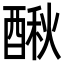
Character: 𨡲